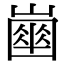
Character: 𡽔